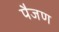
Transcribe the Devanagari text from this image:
पैजण